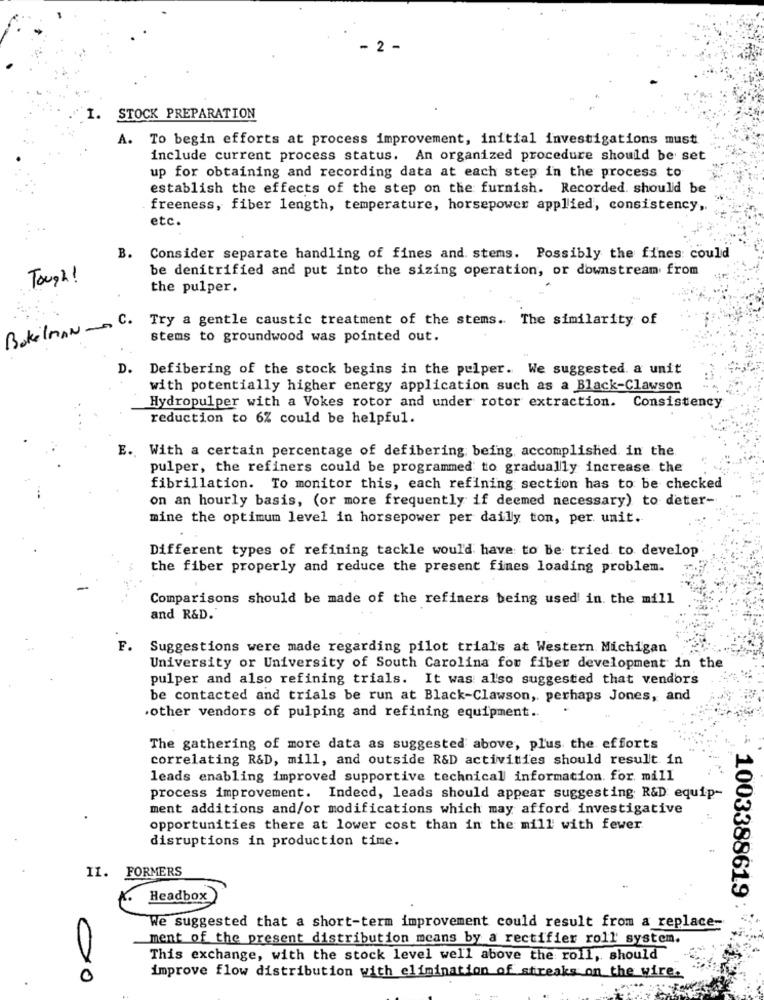
- 2 -
1.
STOCK PREPARATION
A. To begin efforts at process improvement, initial investigations must
include current process status. An organized procedure should be set
up for obtaining and recording data at each step in the process to
establish the effects of the step on the furnish. Recorded. should be
freeness, fiber length, temperature, horsepower applied, consistency ,.
etc.
B. Consider separate handling of fines and. stems. Possibly the fines could
Tough !
be denitrified and put into the sizing operation, or downstream from
the pulper.
BokilMAN -. Try a gentle caustic treatment of the stems. The similarity of
stems to groundwood was pointed out.
D. Defibering of the stock begins in the pulper. We suggested. a unit
with potentially higher energy application such as a Black-Clawson
Hydropulper with a Vokes rotor and under rotor extraction. Consistency
reduction to 6% could be helpful.
E. With a certain percentage of defibering being accomplished in the
pulper, the refiners could be programmed to gradually increase the
fibrillation. To monitor this, each refining section has to be checked
on an hourly basis, (or more frequently if deemed necessary) to deter-
mine the optimum level in horsepower per dailly ton, per unit.
Different types of refining tackle would have to be tried to develop
the fiber properly and reduce the present fines loading problem.
Comparisons should be made of the refiners being used in the mill
and R&D.
F.
Suggestions were made regarding pilot trial's at Western Michigan
University or University of South Carolina for fiber development in the
pulper and also refining trials. It was also suggested that vendors
be contacted and trials be run at Black-Clawson, perhaps Jones, and
.other vendors of pulping and refining equipment ..
The gathering of more data as suggested above, plus the efforts
correlating R&D, mill, and outside R&D activities should result in
leads enabling improved supportive technical information. for mill
process improvement. Indeed, leads should appear suggesting R&D equip-
ment additions and/or modifications which may afford investigative
opportunities there at lower cost than in the mill with fewer
disruptions in production time.
II. FORMERS
Headbox
: 1003388619
We suggested that a short-term improvement could result from a_replace-
ment of the present distribution means by a rectifier roll' system.
This exchange, with the stock level well above the roll, should
00
improve flow distribution with elimination of streaks on the wire.